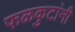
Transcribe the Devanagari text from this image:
फळकुटांनी